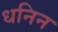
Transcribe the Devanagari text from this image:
धनिन